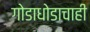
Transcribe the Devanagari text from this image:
गोडाधोडाचाही